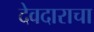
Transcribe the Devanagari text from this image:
देवदाराचा